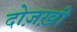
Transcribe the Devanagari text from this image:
दोज़ख़ी